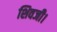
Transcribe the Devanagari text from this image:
शिवजी।